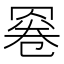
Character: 𱻄